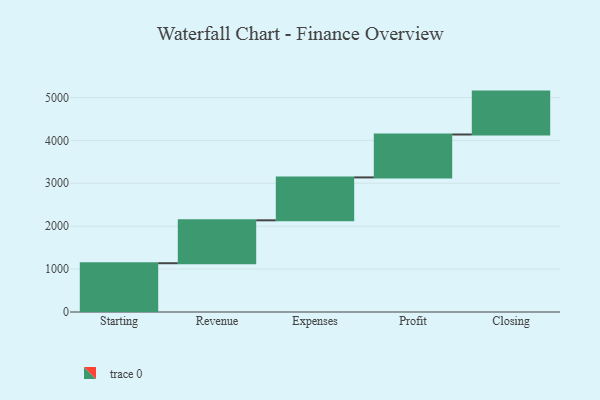
{"axis": {"x": "Step", "y": "Value"}, "legend": [""], "data": [{"x": "Starting", "y": 1137.0, "type": ""}, {"x": "Revenue", "y": 1000, "type": ""}, {"x": "Expenses", "y": 1000, "type": ""}, {"x": "Profit", "y": 1000, "type": ""}, {"x": "Closing", "y": 1000, "type": ""}]}